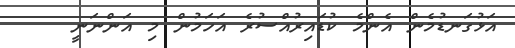
އަޅުގަނޑުމެން އެންމެ ކުޑައިރުއްސުރެ އަހަމުން މި އަންނަނީ